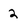
Character: 2